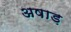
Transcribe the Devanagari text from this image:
अषाड़